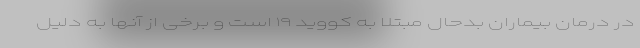
در درمان بیماران بدحال مبتلا به کووید ۱۹ است و برخی از آنها به دلیل